Vaccination in Bombay 1889-1901 - 1889-1901
Year: 1889
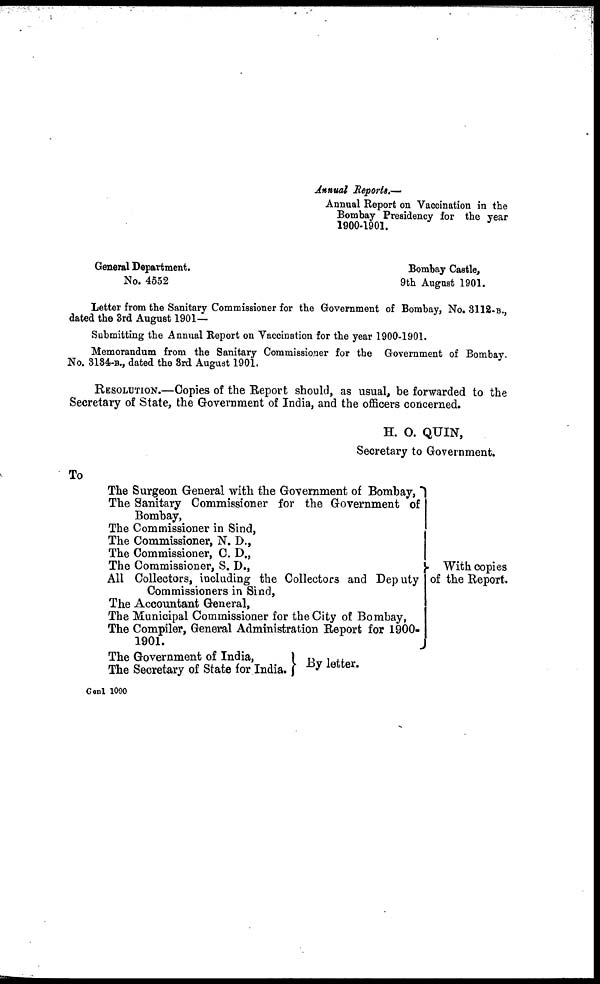
Annual Reports.—
Annual Report on Vaccination in the
Bombay Presidency for the year
1900-1901.
General Department.
No. 4552
Bombay Castle,
9th August 1901.
Letter from the Sanitary Commissioner for the Government of Bombay, No. 3112-B.,
dated the 3rd August 1901—
Submitting the Annual Report on Vaccination for the year 1900-1901.
Memorandum from the Sanitary Commissioner for the Government of Bombay.
No. 3134-B., dated the 3rd August 1901.
RESOLUTION.—Copies of the Report should, as usual, be forwarded to the
Secretary of State, the Government of India, and the officers concerned.
H. O. QUIN,
Secretary to Government.
To
The Surgeon General with the Government of Bombay,
The Sanitary Commissioner for the Government of
Bomhay,
The Commissioner in Sind,
The Commissioner, N. D.,
The Commissioner, C. D.,
The Commissioner, S. I).,
All Collectors, including the Collectors and Deputy
Commissioners in Sind,
The Accountant General,
The Municipal Commissioner for the City of Bombay,
The Compiler, General Administration Report for 1900-
1901.
The Government of India,
The Secretary of State for India.
With copies
of the Report.
By letter.
Genl 1090